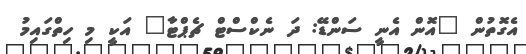
އެގޮތުން "އޮން އެނީ ސަންޑޭ: ދަ ނެކްސްޓް ޗެޕްޓާ" އަކީ މި ހިތްގައިމު